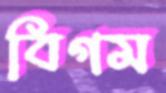
বিগম